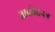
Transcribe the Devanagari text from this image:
ताकीदपत्र